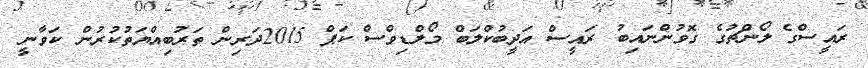
ރައީސްގެ ލޯންޗުގެ ގޮވުންނައިބު ރައީސް އަދީބުކްލަބް މޯލްޑިވްސް ކަޕް 2015ދަރިން ތަރުބިއްޔަތުކުރުން ކަވާނީ